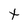
Character: t